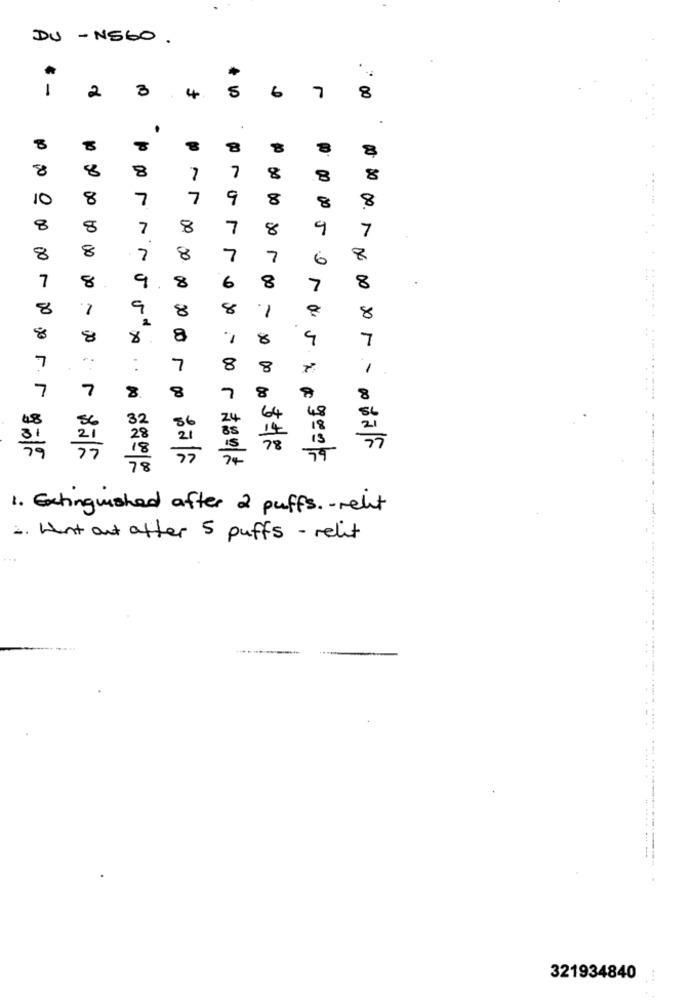
DU
-
NS60
1
2
3
4
7
6
8
.
.
8
8
8
8
8
8
7
7
8
8
8
8
7
7
9
8
8
8
8
8
7
8
7
8
9
7
8
8
7
8
7
7
6
8
7
8
9
8
8
6
7
8
8
9
8
8
-
8
8
8
8
8
8
9
7
.:
7
7
8
8
7
7
8
8
7
8
48
86
32
Zu
64
48
36
21
31
21
28
85
14
18
78
is
77
19
78
1. Extinguished after 2 puffs .- relit
1. What out after 5 puffs - relit
321934840
...